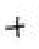
+